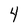
Character: 4